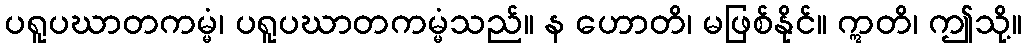
ပရူပဃာတကမ္မံ၊ ပရူပဃာတကမ္မံသည်။ န ဟောတိ၊ မဖြစ်နိုင်။ ဣတိ၊ ဤသို့။